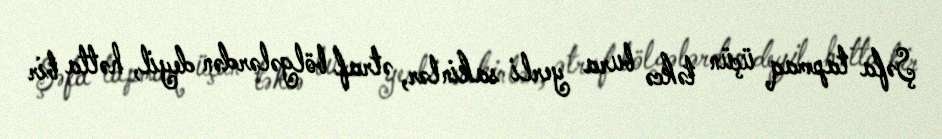
Şəfa tapmaq üçün təkcə bura yerli sakinlər, ətraf bölgələrdən deyil, hətta bir